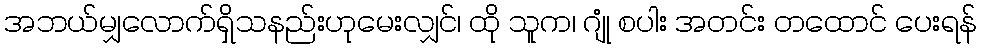
အဘယ်မျှလောက်ရှိသနည်းဟုမေးလျှင်၊ ထို သူက၊ ဂျုံ စပါး အတင်း တထောင် ပေးရန်